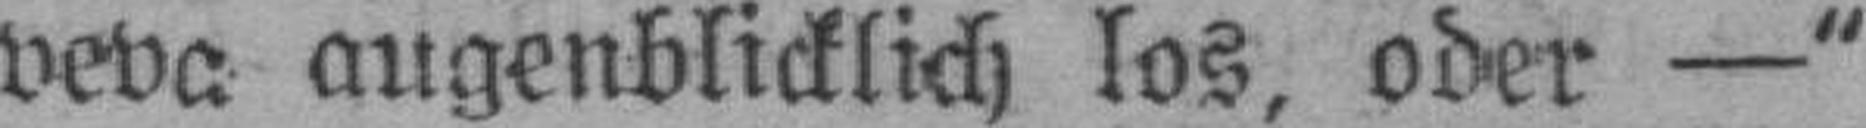
veva augenblicklich los, oder —“